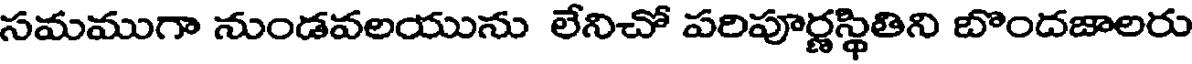
సమముగా నుండవలయును లేనిచో పరిపూర్ణస్థితిని బొందజాలరు